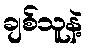
ချစ်သူနဲ့